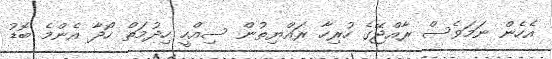
އެހެން ނަމަވެސް ރާއްޖޭގެ ހުރިހާ ރައްޔިތުން ސިއްހީ ހިދުމަތް ހޯދާ އެންމެ ބޮޑު